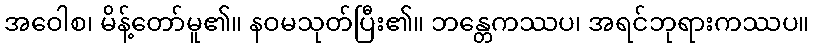
အဝေါစ၊ မိန့်တော်မူ၏။ နဝမသုတ်ပြီး၏။ ဘန္တေကဿပ၊ အရင်ဘုရားကဿပ။